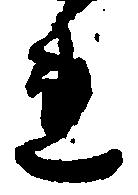
れ